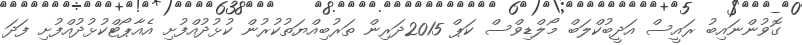
ގޮވުންނައިބު ރައީސް އަދީބުކްލަބް މޯލްޑިވްސް ކަޕް 2015ދަރިން ތަރުބިއްޔަތުކުރުން ކުޅުދުއްފުށި އެއާޕޯޓްކުޅުދުއްފުށި ފަދަ